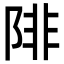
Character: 陫